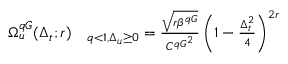
\begin{array} { r l } { \Omega _ { u } ^ { q G } ( \Delta _ { t } ; r ) } & { { } _ { q < 1 , \Delta _ { u } \ge 0 } = \frac { \sqrt { r \beta ^ { q G } } } { { C ^ { q G } } ^ { 2 } } \left( 1 - \frac { \Delta _ { t } ^ { 2 } } { 4 } \right) ^ { 2 r } } \end{array}